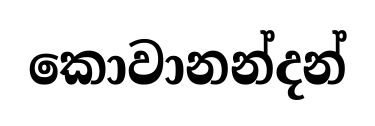
කොවානන්දන්